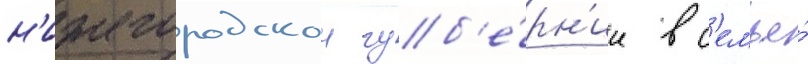
н'ижегородскои губ'е́рн'ии в с'емье́